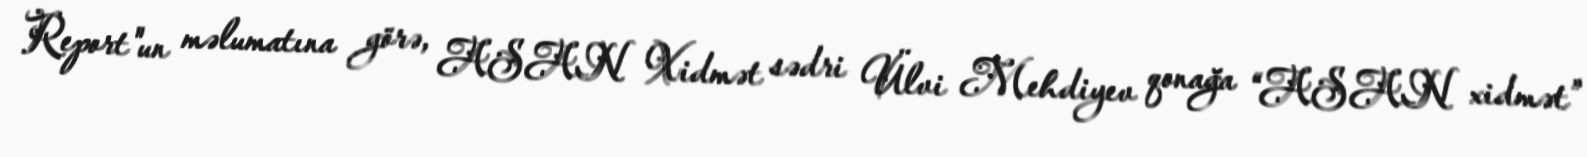
Report"un məlumatına görə, ASAN Xidmət sədri Ülvi Mehdiyev qonağa “ASAN xidmət”